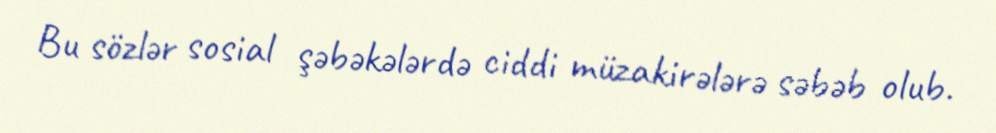
Bu sözlər sosial şəbəkələrdə ciddi müzakirələrə səbəb olub.